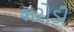
ભરોડી